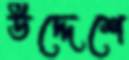
উদ্দেশে